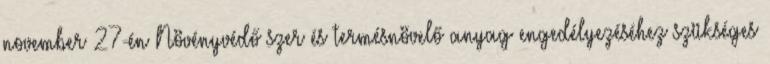
november 27-én Növényvédő szer és termésnövelő anyag engedélyezéséhez szükséges